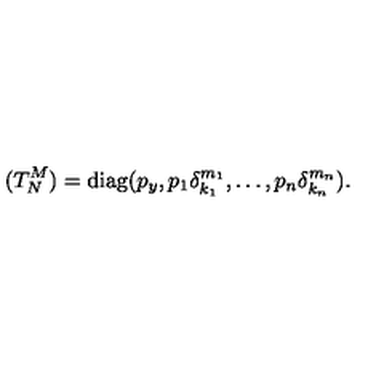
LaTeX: ( T _ { N } ^ { M } ) = \mathrm { d i a g } ( p _ { y } , p _ { 1 } \delta _ { k _ { 1 } } ^ { m _ { 1 } } , \ldots , p _ { n } \delta _ { k _ { n } } ^ { m _ { n } } ) .